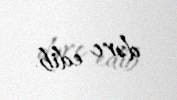
dərc edib.